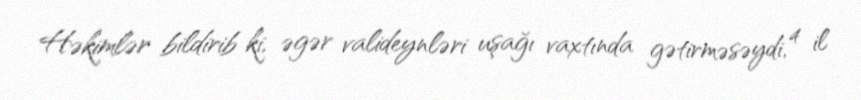
Həkimlər bildirib ki, əgər valideynləri uşağı vaxtında gətirməsəydi, 4 il